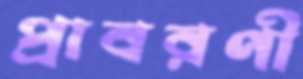
প্রাবরণী